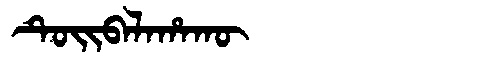
Manchu: ᡨᡠᡳᠪᠠᠯᠠᡥᠠᡴᡡ
Romanization: TUIBALAHAKŪ